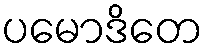
ပမောဒိတေ